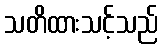
သတိထားသင့်သည်